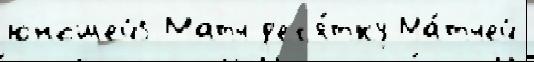
юношей5 Матч д'ес'я́тку Ма́тчей